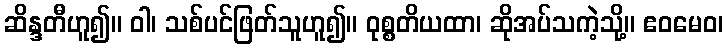
ဆိန္ဒတီဟူ၍။ ဝါ၊ သစ်ပင်ဖြတ်သူဟူ၍။ ဝုစ္စတိယထာ၊ ဆိုအပ်သကဲ့သို့။ ဧဝမေဝ၊